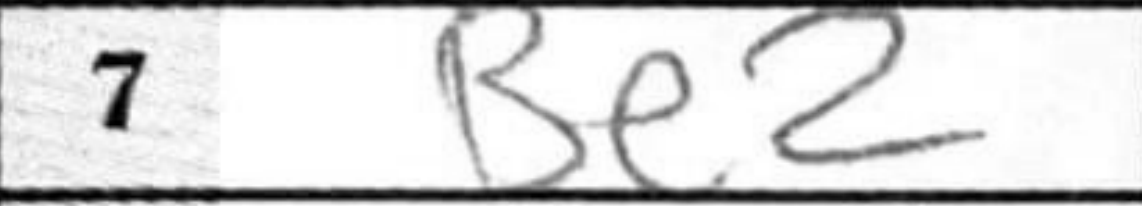
Transcription: Be2